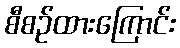
စီစဉ်ထားကြောင်း